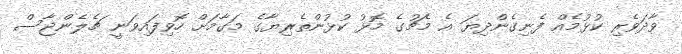
ވާދަވެރި ކުޅުމެއް ފެނިގެންދިޔަ އެ މެޗުގެ މޮޅު ކުޅުންތެރިޔާގެ މަގާމަށް ހޮވިފައިވަނީ ޗެލެންޖާސް